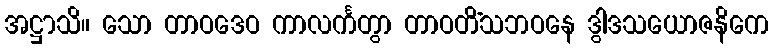
အဋ္ဌာသိ။ သော တာဝဒေဝ ကာလင်္ကတွာ တာဝတိံသဘဝနေ ဒွါဒသယောဇနိကေ